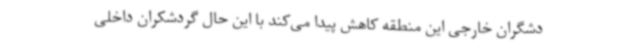
دشگران خارجی این منطقه کاهش پیدا می‌کند با این حال گردشکران داخلی